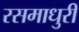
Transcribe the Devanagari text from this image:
रसमाधुरी